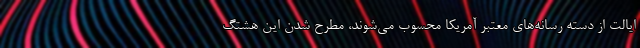
ایالت از دسته رسانه‌های معتبر آمریکا محسوب می‌شوند، مطرح شدن این هشتگ